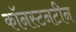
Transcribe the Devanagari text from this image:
कॉनस्टनटीन